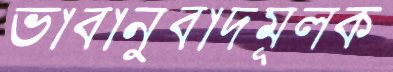
ভাবানুবাদমূলক